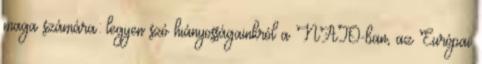
maga számára: legyen szó hiányosságainkról a NATO-ban, az Európai